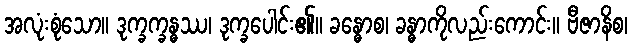
အလုံးစုံသော။ ဒုက္ခက္ခန္ဓဿ၊ ဒုက္ခပေါင်း၏။ ခန္ဓောစ၊ ခန္ဓာကိုလည်းကောင်း။ ဗီဇာနိစ၊